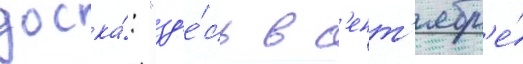
доска́: "зд'е́сь в с'ент'ябр'е́